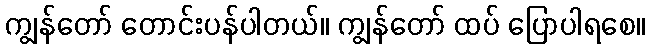
ကျွန်တော် တောင်းပန်ပါတယ်။ ကျွန်တော် ထပ် ပြောပါရစေ။